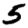
Digit: 5